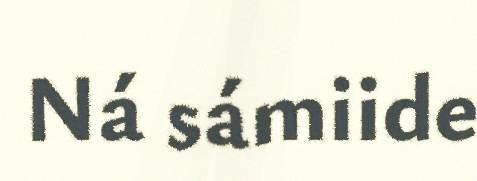
Ná sámiide